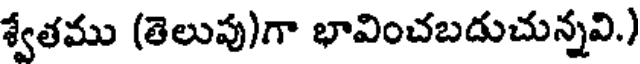
శ్వేతము (తెలుపు)గా భావించబదుచున్నవి.)